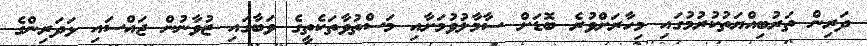
ދަރިން ތަރުބިއްޔަތުކުރުމުގައި މިހާރަށްވުރެ ބޮޑަށް ސާމާލުވުމަށާއި މަސްތުވާތަކެތީގެ ވަބާގައި ޒުވާނުން ޖައްސައި ޅަދަރިންގެ